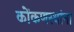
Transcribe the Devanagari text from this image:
कोंकणस्थांना